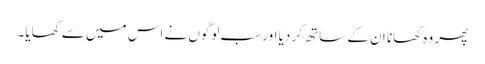
پھر وہ کھانا ان کے ساتھ کر دیا اور سب لوگوں نے اس میں سے کھایا۔